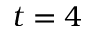
t = 4